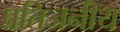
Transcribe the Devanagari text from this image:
प्रतिजनीय